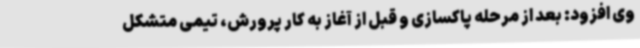
وی افزود: بعد از مرحله پاکسازی و قبل از آغاز به کار پرورش، تیمی متشکل